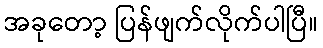
အခုတော့ ပြန်ဖျက်လိုက်ပါပြီ။